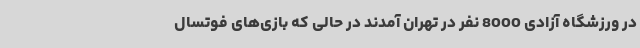
در ورزشگاه آزادی 8000 نفر در تهران آمدند در حالی که بازی‌های فوتسال